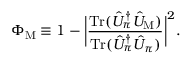
\Phi _ { \mathrm { M } } \equiv 1 - \bigg | \frac { \mathrm { T r } ( \hat { U } _ { \pi } ^ { \dagger } \hat { U } _ { \mathrm { M } } ) } { \mathrm { T r } ( \hat { U } _ { \pi } ^ { \dagger } \hat { U } _ { \pi } ) } \bigg | ^ { 2 } .